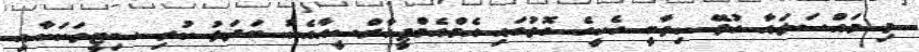
މި މައްސަލައާ ގުޅޭ ކިތާބީ ހެކީގެ ގޮތުގައި އެމްއެމްޕީއާރްސީއާއެކު ބަދަލު ކުރި ސިޓީތަކަކާއި